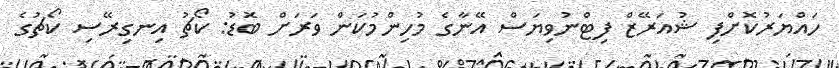
ހައްޔަރުކޮށްފި ޝުއަރޭޒް ފިޓްނުވިޔަސް އޭނާގެ މުހިންމުކަން ވަރަށް ބޮޑު: ކޯޗު އިނގިރޭސި ކޯޗުގެ